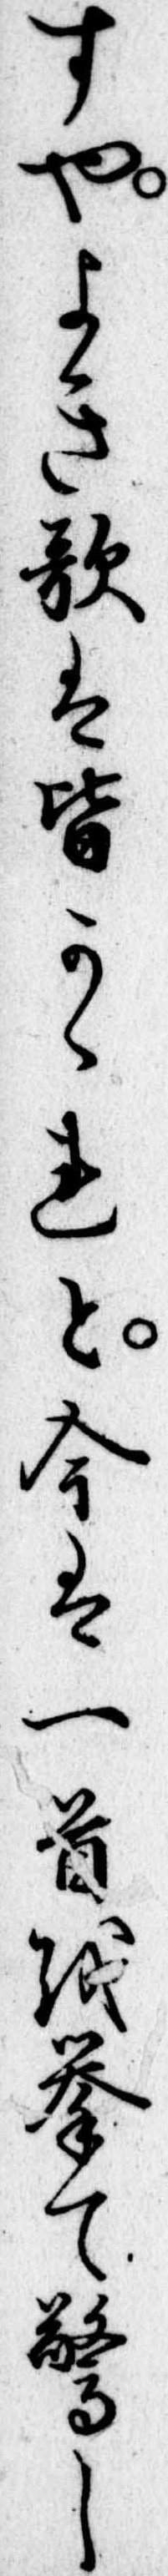
すやよき歌は皆かゝれと今は一首を挙て驚し